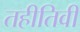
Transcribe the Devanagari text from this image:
तहीतिवी